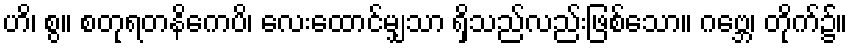
ဟိ၊ စွ။ စတုရတနိကေပိ၊ လေးထောင်မျှသာ ရှိသည်လည်းဖြစ်သော။ ဂဗ္ဘေ၊ တိုက်၌။